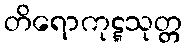
တိရောကုဋ္ဋသုတ္တ